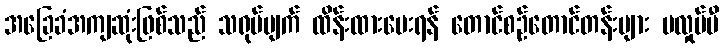
အခြေခံအကျဆုံးဖြစ်သည် သရုပ်ပျက် ထိန်းထားပေးရန် တောင်စဉ်တောင်တန်းများ မလှုပ်မီ